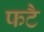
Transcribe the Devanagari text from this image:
फटै